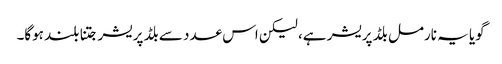
گویا یہ نارمل بلڈ پریشر ہے، لیکن اس عدد سے بلڈ پریشر جتنا بلند ہوگا۔